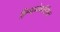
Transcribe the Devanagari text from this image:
झिम्बाब्वेव्यतिरिक्त